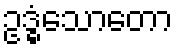
ဥဒ္ဓံသောတော